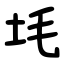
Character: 㘪